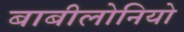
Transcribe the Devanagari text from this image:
बाबीलोनियो